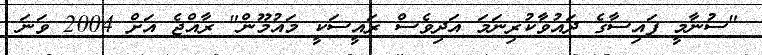
"ސުނާމީ ފައިސާގެ ދައުވާކުރިނަމަ އަދިވެސް ރައީސަކީ މައުމޫން" ރާއްޖެ އަށް 2004 ވަނަ